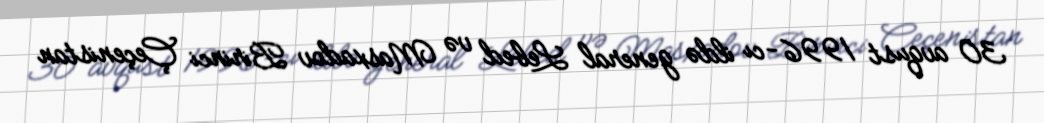
30 avqust 1996-cı ildə general Lebed və Masxadov Birinci Çeçenistan